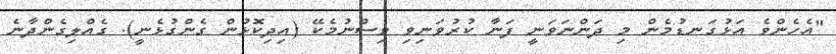
"އެހެންވެ އަޅުގަނޑުމެން މި ދަންނަވަނީ ފަނާ ކުރުވަނިވި ވިސްނުމެކޭ (އިދިކޮޅުން ގެންގުޅެނީ). ގެއްލިގެންދާނެ